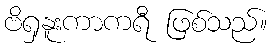
ဗိရှနူးကာကရီ ဖြစ်သည်။